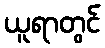
ယူရာတွင်